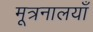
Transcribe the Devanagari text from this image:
मूत्रनालयाँ